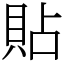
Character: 貼